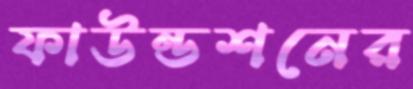
ফাউন্ডশনের